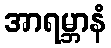
အာရမ္ဘာနံ